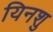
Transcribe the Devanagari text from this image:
यिनशु